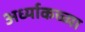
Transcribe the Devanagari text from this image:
अर्ध्याकच्च्या